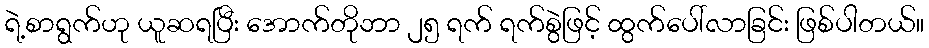
ရဲ့စာရွက်ဟု ယူဆရပြီး အောက်တိုဘာ ၂၅ ရက် ရက်စွဲဖြင့် ထွက်ပေါ်လာခြင်း ဖြစ်ပါတယ်။